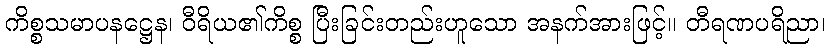
ကိစ္စသမာပနဋ္ဌေန၊ ဝီရိယ၏ကိစ္စ ပြီးခြင်းတည်းဟူသော အနက်အားဖြင့်။ တီရဏပရိညာ၊